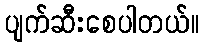
ပျက်ဆီးစေပါတယ်။